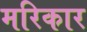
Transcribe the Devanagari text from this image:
मरिकार